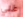
علي